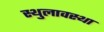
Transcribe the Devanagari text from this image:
स्थुलावस्था